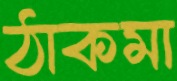
ঠাকমা